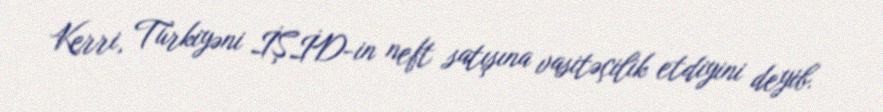
Kerri, Türkiyəni İŞİD-in neft satışına vasitəçilik etdiyini deyib.